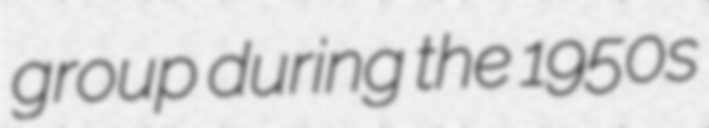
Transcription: group during the 1950s